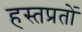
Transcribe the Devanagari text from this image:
हस्तप्रतों